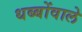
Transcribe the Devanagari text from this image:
धब्बोंवाले